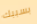
بسببك